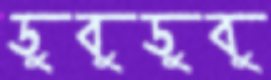
ডুবুডুবু